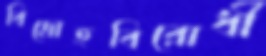
বিদ্রোহবিরোধী